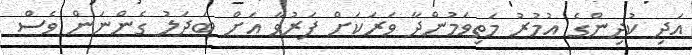
އަދި ކުދިންގެ އުމުރު މަތިވަމުންދާ ވަރަކަށް ފަރުވާ އަށް ބަދަލު ގެންނަން ވެސް